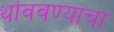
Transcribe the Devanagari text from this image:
थांववण्याचा